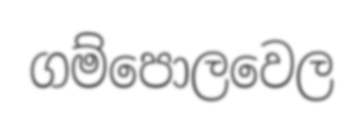
ගම්පොලවෙල